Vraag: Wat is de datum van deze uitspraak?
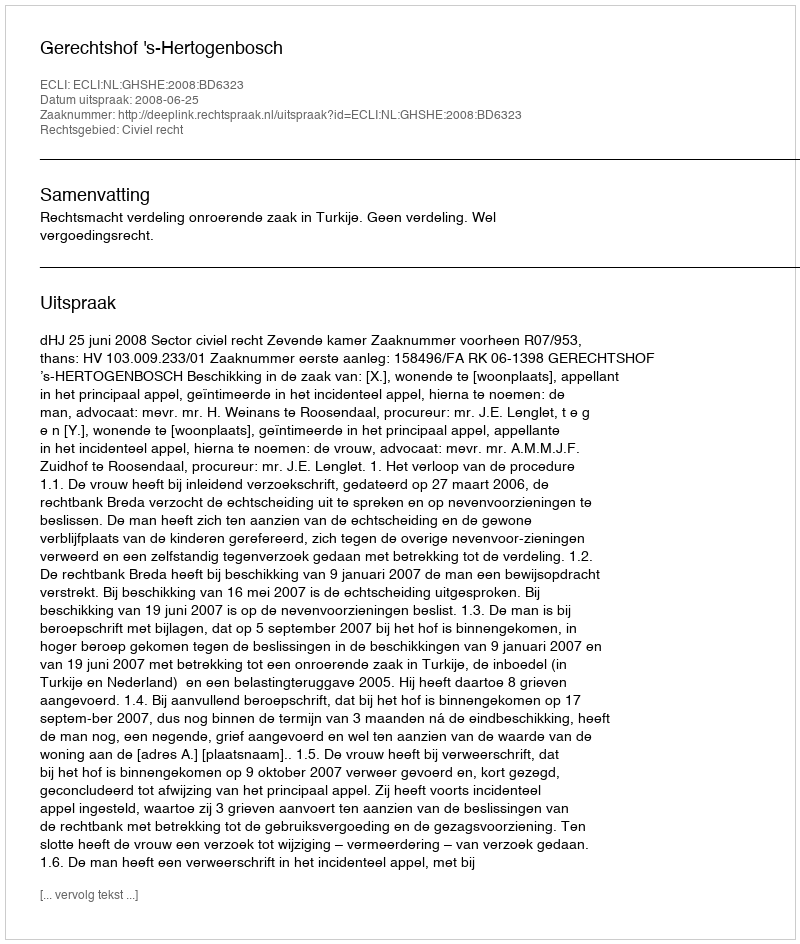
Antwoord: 2008-06-25